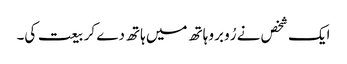
ایک شخص نے رُو برو ہاتھ میں ہاتھ دے کر بیعت کی۔